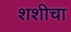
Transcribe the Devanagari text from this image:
शशीचा